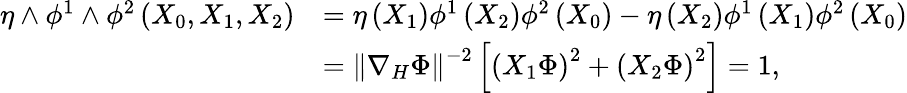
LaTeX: \begin{array}{rl}{\eta\wedge\phi^{1}\wedge\phi^{2}\left(X_{0},X_{1},X_{2}\right)}&{=\eta\left(X_{1}\right)\phi^{1}\left(X_{2}\right)\phi^{2}\left(X_{0}\right)-\eta\left(X_{2}\right)\phi^{1}\left(X_{1}\right)\phi^{2}\left(X_{0}\right)}\\ &{=\left\| \nabla_{H}\Phi\right\| ^{-2}\left[\left(X_{1}\Phi\right)^{2}+\left(X_{2}\Phi\right)^{2}\right]=1,}\end{array}